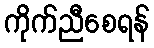
ကိုက်ညီစေရန်